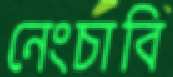
নেংচাবি